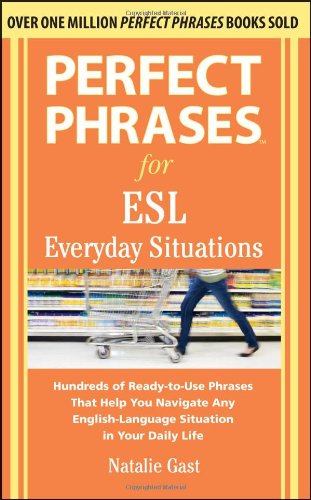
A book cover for Perfect Phrases for ESL Everyday Situations: With 1,000 Phrases; Natalie Gast; Business & Money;